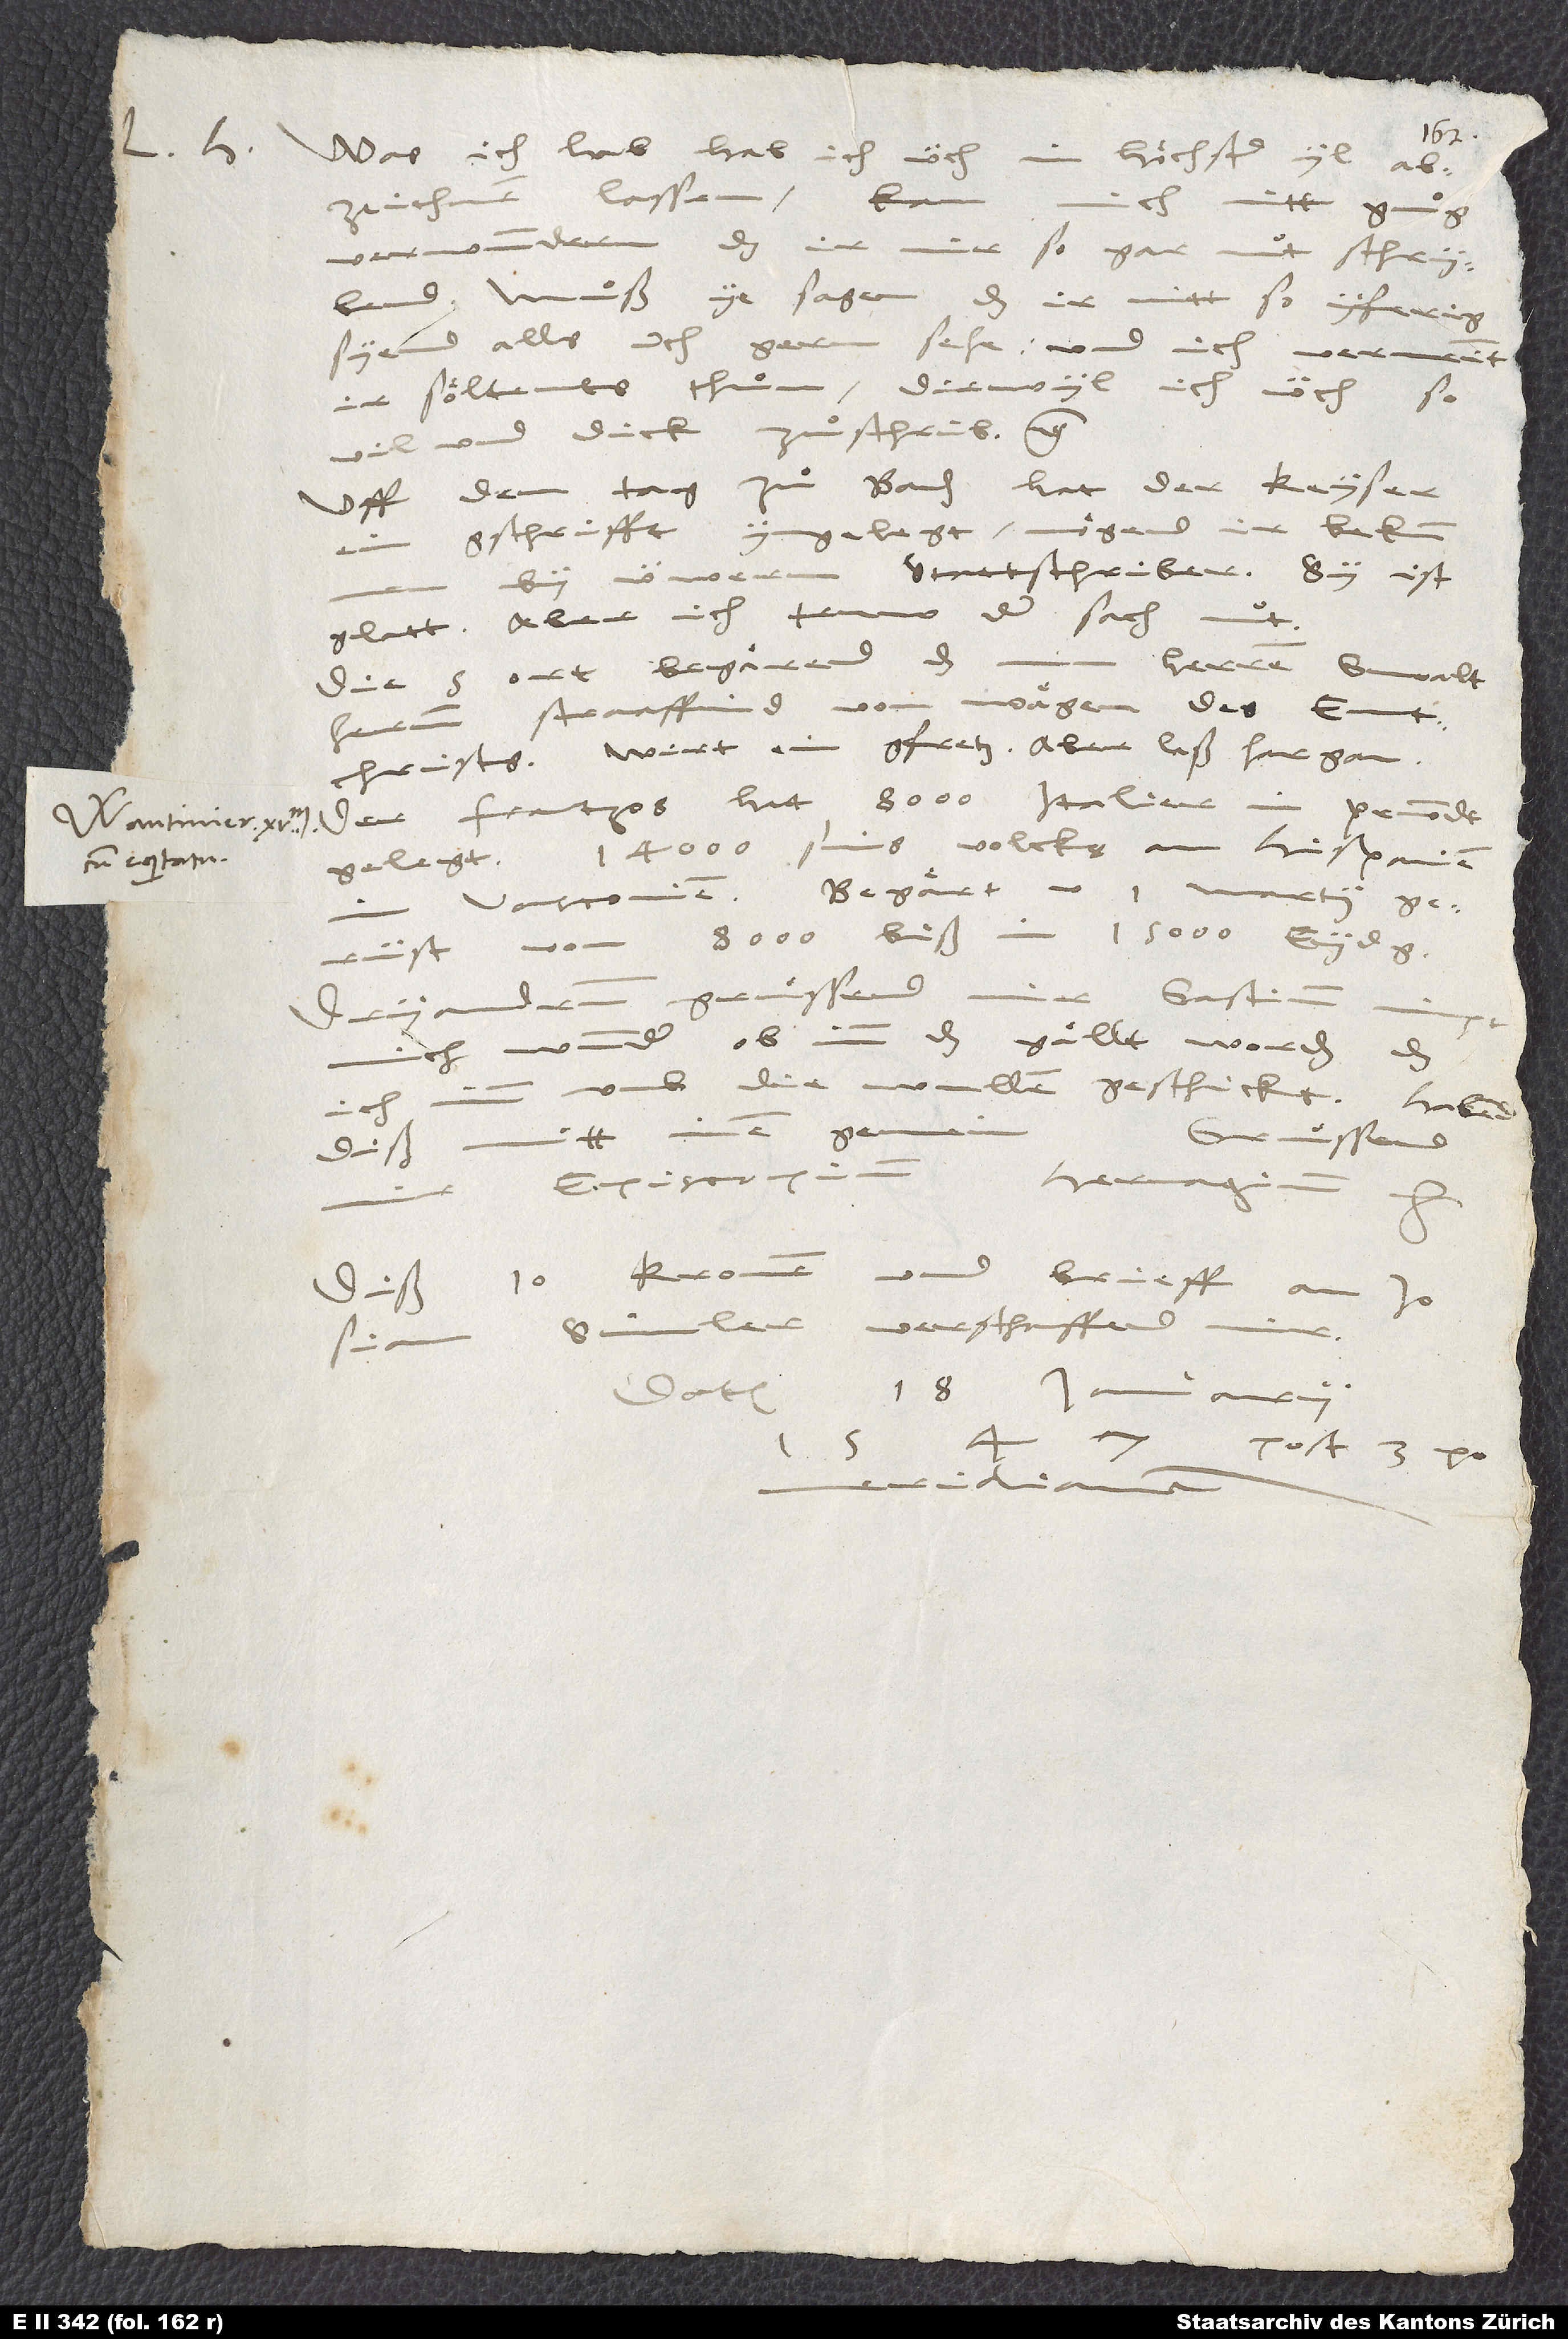
Was ich hab, hab ich üch in hoͤchster yl
abzeichnen lassen. Kan
mich nitt gnuͦg
verwundern, das ir mir so gar nut schrybend.
Muͦß ye sagen, das ir nitt so yferig
syend, alls ich gern sehe, und ich vermeint,
ir soͤltents thuͦn, diewyl ich üch so
vil und dick zuͦschrib, etc.
Uff dem tag zuͦ Baden hat der keyser
gschrifft yngelegt. Mögend ir bekummen
by üwerm stattschriber. Sy ist
glatt, aber ich truw der sach nut.
Die 5 Ort begaͤrend, das
straaffind von waͤgen des Entchrists.
Wirt ein gfretz, aber laß hargan.
Der Frantzos hat 8’000 Italier in Pemondt
gelegt, 14’000 sins volcks an Hispanien
Begaͤrt
martii
Vasconien.
gerüst von 8’000 biß in 15’000 Eydgnossen.
Gastium,
Dryandrum gruͤssend
mich wunder, ob imm das gaͤllt worden, das
ich imm umb die wullen geschickt. Habend
Gruͤssend
diß mitt inen gemein.
Episcopium,
Hervagium,
Diß 10 kronen und brieff an Josiam
Simler verschaffend mir.
Datum 18. ianuarii
post 3.
pomeridianam.